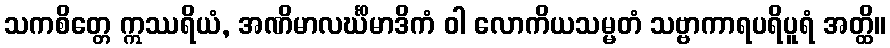
သကစိတ္တေ ဣဿရိယံ, အဏိမာလင်္ဃိမာဒိကံ ဝါ လောကိယသမ္မတံ သဗ္ဗာကာရပရိပူရံ အတ္ထိ။